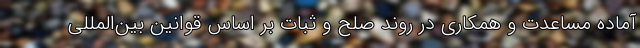
آماده مساعدت و همکاری در روند صلح و ثبات بر اساس قوانین بین‌المللی